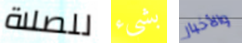
للصلاة بشيء والأخبار